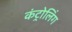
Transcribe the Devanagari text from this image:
कंट्रोलिंग